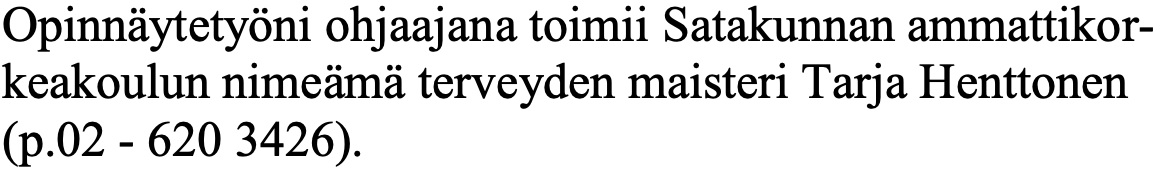
Opinnäytetyöni ohjaajana toimii Satakunnan ammattikor- keakoulun nimeämä terveyden maisteri Tarja Henttonen (p.02 - 620 3426).